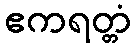
ဧကရတ္တံ